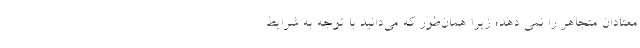
معتادان متجاهر را نمی د‌هد؛ زیرا همان‌طور که می‌دانید با توجه به شرایط